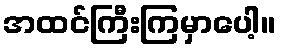
အထင်ကြီးကြမှာပေါ့။